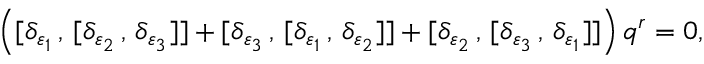
\left( [ \delta _ { \varepsilon _ { 1 } } \, , \, [ \delta _ { \varepsilon _ { 2 } } \, , \, \delta _ { \varepsilon _ { 3 } } ] ] + [ \delta _ { \varepsilon _ { 3 } } \, , \, [ \delta _ { \varepsilon _ { 1 } } \, , \, \delta _ { \varepsilon _ { 2 } } ] ] + [ \delta _ { \varepsilon _ { 2 } } \, , \, [ \delta _ { \varepsilon _ { 3 } } \, , \, \delta _ { \varepsilon _ { 1 } } ] ] \right) q ^ { r } = 0 ,